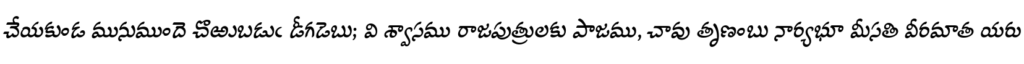
చేయకుండ మునుముందె చొఱుబడుఁ డీగడెబు; వి శ్వాసము రాజపుత్రులకు పాజము, చావు తృణంబు నార్యభూ మీసతి వీరమాత యరు